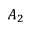
A _ { 2 }